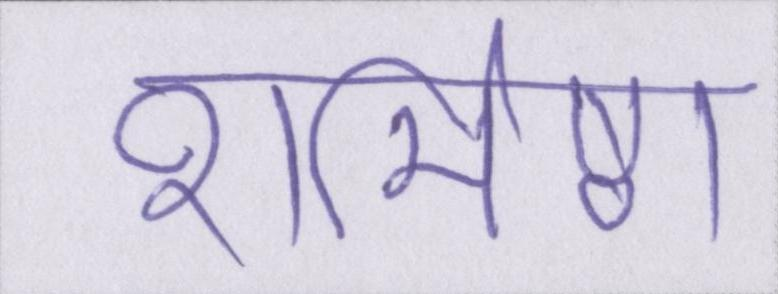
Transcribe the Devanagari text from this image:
शर्मिष्ठा